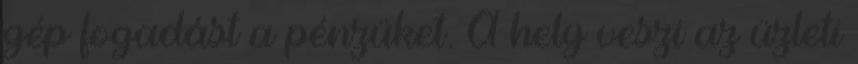
gép fogadást a pénzüket. A hely veszi az üzleti